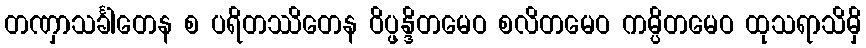
တဏှာသင်္ခါတေန စ ပရိတဿိတေန ဝိပ္ဖန္ဒိတမေဝ စလိတမေဝ ကမ္ပိတမေဝ ထုသရာသိမှိ